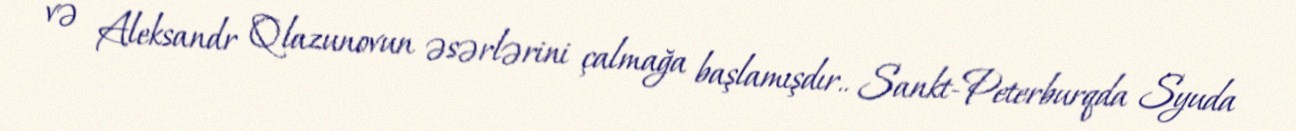
və Aleksandr Qlazunovun əsərlərini çalmağa başlamışdır.. Sankt-Peterburqda Syuda